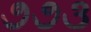
૭૭૩